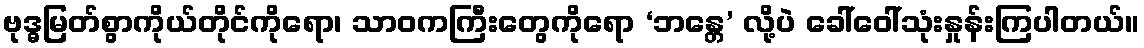
ဗုဒ္ဓမြတ်စွာကိုယ်တိုင်ကိုရော၊ သာဝကကြီးတွေကိုရော ‘ဘန္တေ’ လို့ပဲ ခေါ်ဝေါ်သုံးနှုန်းကြပါတယ်။